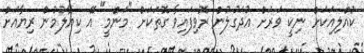
ކުއްލިއަކަށް ނިކީ ވަރަށް އުދަގުލުން ރޮވިފައިވާ ގޮތަކަށް "މަންމީ" އޭ ކިޔާލުމުން ރިޔާއަށް